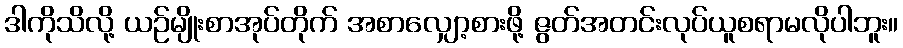
ဒါကိုသိလို့ ယဉ်မျိုးစာအုပ်တိုက် အစာလျှော့စားဖို့ ဇွတ်အတင်းလုပ်ယူစရာမလိုပါဘူး။